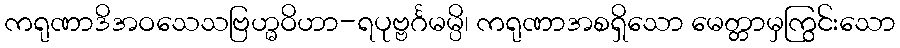
ကရုဏာဒိအဝသေသဗြဟ္မဝိဟာ-ရပုဗ္ဗင်္ဂမမ္ပိ၊ ကရုဏာအစရှိသော မေတ္တာမှကြွင်းသော